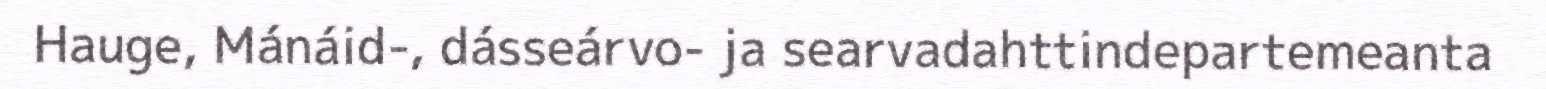
Hauge, Mánáid-, dásseárvo- ja searvadahttindepartemeanta